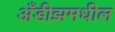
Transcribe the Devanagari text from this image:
अँडीझमधील